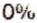
0%